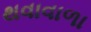
થવાવાળા